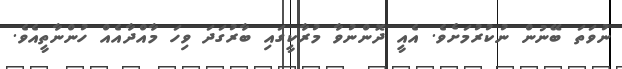
ނުވަތަ ބޭނުން ނުކުރުމަށެވެ. އެއީ ދޮންނުވާ މުރާކީގައި ބާރުގަދަ ވިހަ މާއްދާއެއް ހުންނާތީއެވެ.